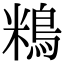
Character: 𪀿